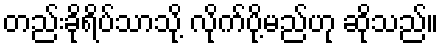
တည်းခိုရိပ်သာသို့ လိုက်ပို့မည်ဟု ဆိုသည်။